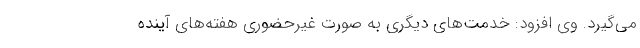
می‌گیرد. وی افزود: خدمت‌های دیگری به صورت غیرحضوری هفته‌های آینده